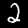
Digit: 2